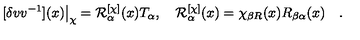
[ \delta v v ^ { - 1 } ] ( x ) \big | _ { \chi } = { \cal R } _ { \alpha } ^ { [ \chi ] } ( x ) T _ { \alpha } , \quad { \cal R } _ { \alpha } ^ { [ \chi ] } ( x ) = \chi _ { \beta R } ( x ) R _ { \beta \alpha } ( x ) \quad .